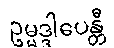
ဥမ္မဒ္ဒါပေန္တီ